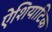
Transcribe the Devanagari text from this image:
ऐशियाटिक